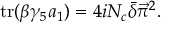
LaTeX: \mathrm { t r } ( \beta \gamma _ { 5 } a _ { 1 } ) = 4 i N _ { c } \bar { \delta } \vec { \pi } ^ { 2 } .